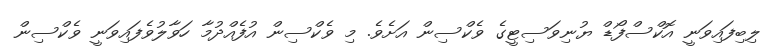
ލިބިފައިވަނީ އޮކްސްފޯޑް ޔުނިވަސިޓީގެ ވެކްސިން އަށެވެ. މި ވެކްސިން އުފެއްދުމާ ހަވާލުވެފައިވަނީ ވެކްސިން